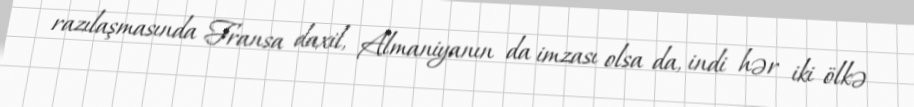
razılaşmasında Fransa daxil, Almaniyanın da imzası olsa da, indi hər iki ölkə